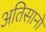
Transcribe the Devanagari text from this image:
अतिसानो